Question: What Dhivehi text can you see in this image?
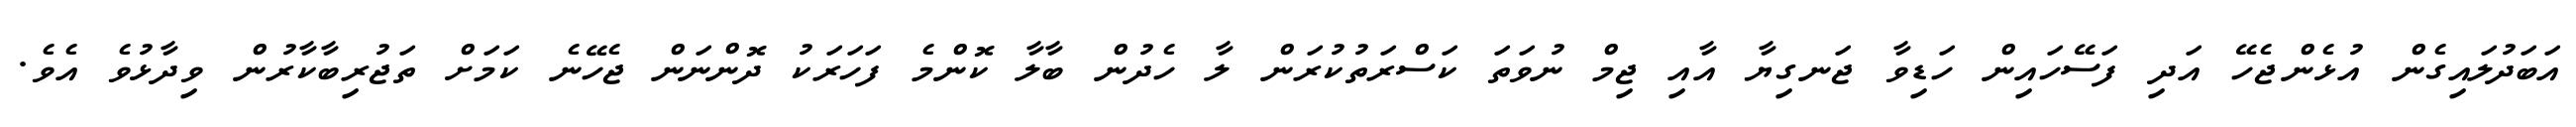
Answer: އަބަދުލައިގެން އުޅެންޖެހޭ އަދި ފަސޭހައިން ހަޑިވާ ޖަނގިޔާ އާއި ޖިމް ނުވަތަ ކަސްރަތުކުރަން ލާ ހެދުން ބާލާ ކޮންމެ ފަހަރަކު ދޮންނަން ޖެހޭނެ ކަމަށް ތަޖުރިބާކާރުން ވިދާޅުވެ އެވެ.